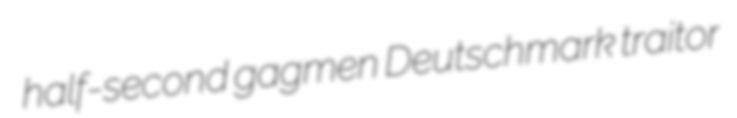
half-second gagmen Deutschmark traitor